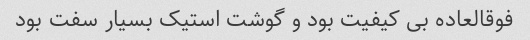
فوقالعاده بی کیفیت بود و گوشت استیک بسیار سفت بود